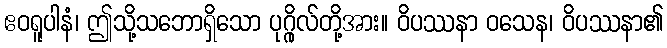
ဧဝရူပါနံ၊ ဤသို့သဘောရှိသော ပုဂ္ဂိုလ်တို့အား။ ဝိပဿနာ ဝသေန၊ ဝိပဿနာ၏